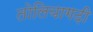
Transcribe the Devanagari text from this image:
तोलियागढ़ी